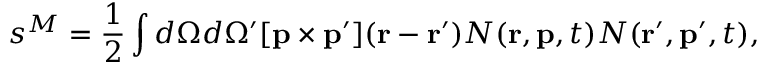
s ^ { M } = { \frac { 1 } { 2 } } \int d \Omega d \Omega ^ { \prime } [ { \bf p } \times { \bf p } ^ { \prime } ] ( { \bf r } - { \bf r } ^ { \prime } ) { \cal N } ( { \bf r } , { \bf p } , t ) { \cal N } ( { \bf r } ^ { \prime } , { \bf p } ^ { \prime } , t ) ,